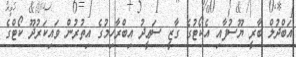
އަބްދުލް ބާރީ ޔޫސުފާއި އެކޯޓުގެ ގާޒީ ސަޢީދު އިބްރާހިމުގެ އިތުރުން ވައިކަރުދޫ ކޯޓްގެ